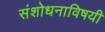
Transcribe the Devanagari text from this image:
संशोधनाविषयी